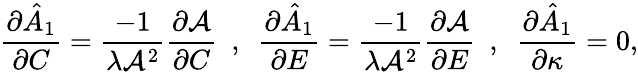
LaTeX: \frac{\partial\hat{A}_{1}}{\partial C}=\frac{-1}{\lambda\mathcal{A}^{2}}\frac{\partial\mathcal{A}}{\partial C}~~,~~\frac{\partial\hat{A}_{1}}{\partial E}=\frac{-1}{\lambda\mathcal{A}^{2}}\frac{\partial\mathcal{A}}{\partial E}~~,~~\frac{\partial\hat{A}_{1}}{\partial\kappa}=0,